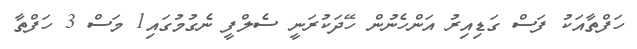
ހަފްތާއަކު ފަސް ގަޑިއިރު އަންހެނުން ހޭދަކުރަނީ ސެލްފީ ނެގުމުގައި1 މަސް 3 ހަފްތާ